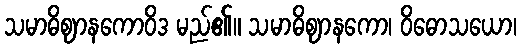
သမာဓိဈာနကောဝိဒ မည်၏။ သမာဓိဈာနကော၊ ဝိဓောသယော၊